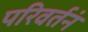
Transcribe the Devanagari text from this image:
परिवर्तनं